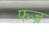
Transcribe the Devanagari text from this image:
फज्र